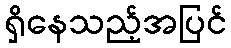
ရှိနေသည့်အပြင်